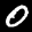
Label: 0